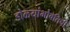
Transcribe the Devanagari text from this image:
डोळ्यांभोवतिची